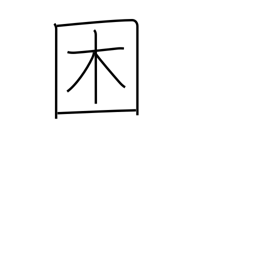
Meaning: become distressed